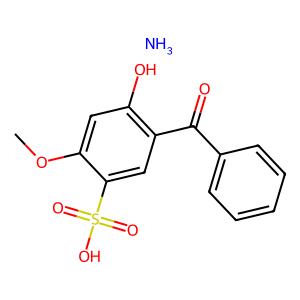
SMILES: COc1cc(O)c(C(=O)c2ccccc2)cc1S(=O)(=O)O.N
Inhibits HIV replication: No